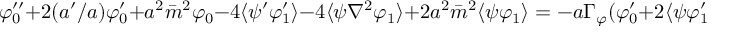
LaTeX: \varphi _ { 0 } ^ { \prime \prime } + 2 ( a ^ { \prime } / a ) \varphi _ { 0 } ^ { \prime } + a ^ { 2 } \bar { m } ^ { 2 } \varphi _ { 0 } - 4 \langle \psi ^ { \prime } \varphi _ { 1 } ^ { \prime } \rangle - 4 \langle \psi \nabla ^ { 2 } \varphi _ { 1 } \rangle + 2 a ^ { 2 } \bar { m } ^ { 2 } \langle \psi \varphi _ { 1 } \rangle = - a \Gamma _ { \varphi } ( \varphi _ { 0 } ^ { \prime } + 2 \langle \psi \varphi _ { 1 } ^ { \prime } \rangle )